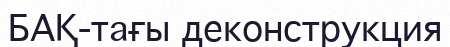
БАҚ-тағы деконструкция